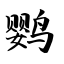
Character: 鹦